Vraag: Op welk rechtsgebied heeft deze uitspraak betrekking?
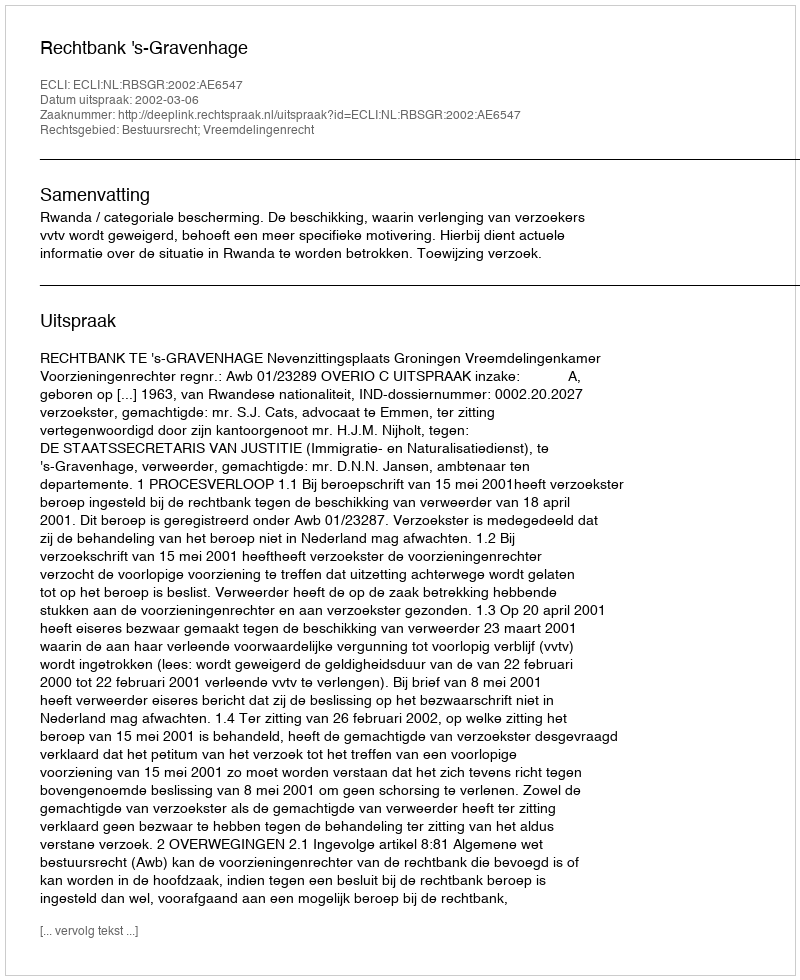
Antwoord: Bestuursrecht; Vreemdelingenrecht